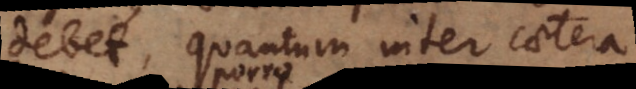
debet, quantum inter caetera